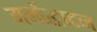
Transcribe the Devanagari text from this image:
मर्मोद्घाटन